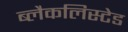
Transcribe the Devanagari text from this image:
ब्लैकलिस्टेड